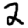
Digit: 2